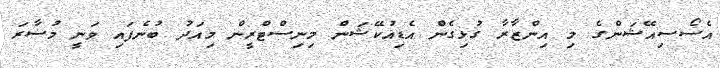
އެސޯސިއޭޝަންގެ މި އިންޒާރާ ގުޅިގެން އެޑިއުކޭޝަން މިނިސްޓްރީން މިއަދު ބުނެފައި ވަނީ މުސާރަ